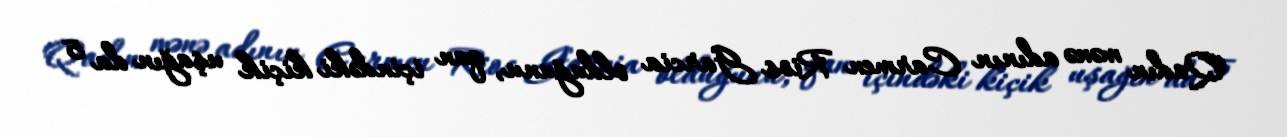
Qadın mənə adının Carmen Rios Garcia olduğunu, qan içindəki kiçik uşağın da 5